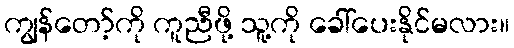
ကျွန်တော့်ကို ကူညီဖို့ သူ့ကို ခေါ်ပေးနိုင်မလား။